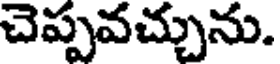
చెప్పవచ్చును.